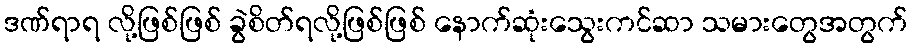
ဒဏ်ရာရ လို့ဖြစ်ဖြစ် ခွဲစိတ်ရလို့ဖြစ်ဖြစ် နောက်ဆုံးသွေးကင်ဆာ သမားတွေအတွက်